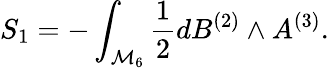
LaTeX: S_{1}=-\int_{{\cal M}_{6}}{\frac{1}{2}}dB^{(2)}\wedge A^{(3)}.